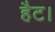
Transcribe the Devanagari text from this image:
हैट।